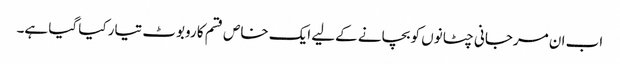
اب ان مرجانی چٹانوں کو بچانے کےلیے ایک خاص قسم کا روبوٹ تیار کیا گیا ہے۔